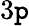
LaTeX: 3\mathtt{p}